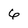
Character: 6